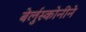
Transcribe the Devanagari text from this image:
बेर्लुस्कोनीने